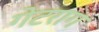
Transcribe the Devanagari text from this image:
गेटराग